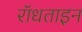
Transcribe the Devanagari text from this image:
रॉधताइन